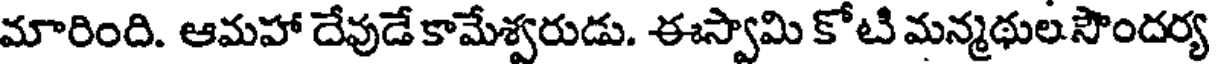
మారింది. ఆమహా దేవుడే కామేశ్వరుడు. ఈస్వామి కోటి మన్మథుల సౌందర్య